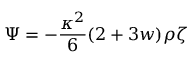
\Psi = - \frac { \kappa ^ { 2 } } { 6 } ( 2 + 3 w ) \rho \zeta